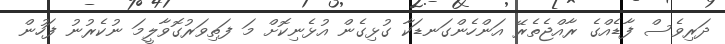
ދަރިވެސް ފާޑެއްގެ ރާއްޖެތެރޭ އަންހެންގަނޑަކާ ގުޅިގެން އުޅެނިކޮށް މަ ފަތިވަރުގޮވާލީމަ ނުކެރުނު ފަހުން